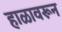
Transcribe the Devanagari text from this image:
हाळावरून